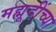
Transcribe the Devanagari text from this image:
मह्मूदींच्या